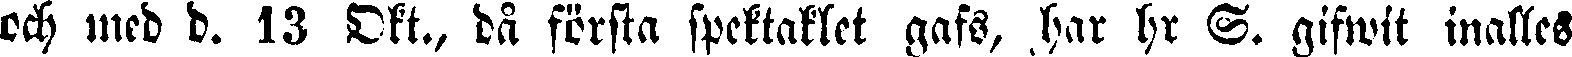
och med d. 13 Okt., då första spektaklet gafs, har hr S. gifwit inalles